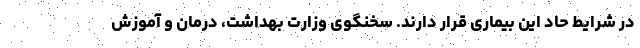
در شرایط حاد این بیماری قرار دارند. سخنگوی وزارت بهداشت، درمان و آموزش